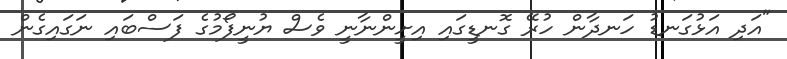
"އަދި އަޅުގަނޑު ހަނދާން ހުރޭ ގޮނޑީގައި އިށީންނާނީ ވެސް ޔުނީފޯމުގެ ފަސްބައި ނަގައިގެން